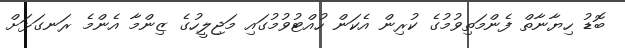
ބޮޑު ހިޔާނާތް ފެންމަތިވުމުގެ ކުރިން އެކަން ހުއްޓުވުމުގައި މަޖިލީހުގެ ޒިންމާ އެންމެ ރަނގަޅަށް